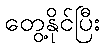
တွေ့နိုင်ပြီး